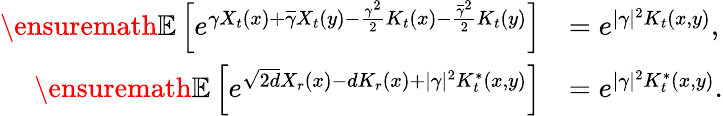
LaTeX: \begin{array}{rl}{{\ensuremath{\mathbb E}}\left[e^{\gamma X_{t}(x)+\overline{\gamma}X_{t}(y)-\frac{\gamma^{2}}{2}K_{t}(x)-\frac{\overline{\gamma}^{2}}{2}K_{t}(y)}\right]}&{=e^{|\gamma|^{2}K_{t}(x,y)},}\\ {{\ensuremath{\mathbb E}}\left[e^{\sqrt{2d}X_{r}(x)-dK_{r}(x)+|\gamma|^{2}K_{t}^{*}(x,y)}\right]}&{=e^{|\gamma|^{2}K_{t}^{*}(x,y)}.}\end{array}